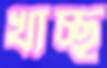
খাচ্ছ